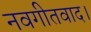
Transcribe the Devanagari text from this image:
नवगीतवाद।